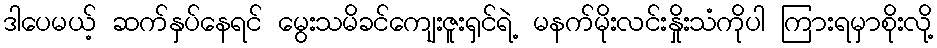
ဒါပေမယ့် ဆက်နှပ်နေရင် မွေးသမိခင်ကျေးဇူးရှင်ရဲ့ မနက်မိုးလင်းနှိုးသံကိုပါ ကြားရမှာစိုးလို့